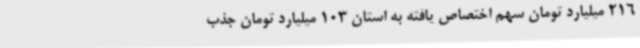
216 میلیارد تومان سهم اختصاص یافته به استان 103 میلیارد تومان جذب